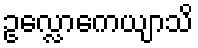
ဥလ္လောကေယျာသိ